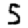
Digit: 5